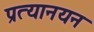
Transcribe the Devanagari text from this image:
प्रत्यानयन